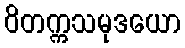
ဝိတက္ကသမုဒယော